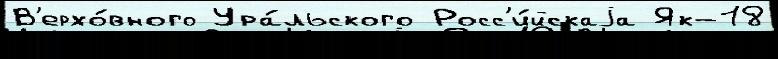
В'ерхо́вного Ура́льского Росс'и́йскаjа Як-18